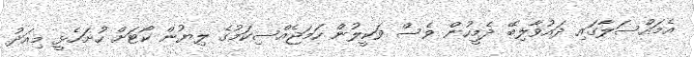
އެމައްސަލާގައި ދައުވާލިބޭ ދެމީހުން ވެސް ވަކީލުން ހަމަޖެއްސިކަމުގެ ލިޔުން ކޯޓަށް ހުށަހެޅީ މިއަދު